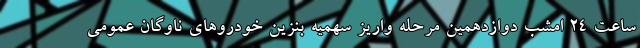
ساعت ۲۴ امشب دوازدهمین مرحله واریز سهمیه بنزین خودرو‌های ناوگان عمومی